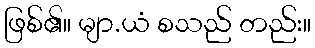
ဖြစ်၏။ မျာ.ယံ စသည် တည်း။